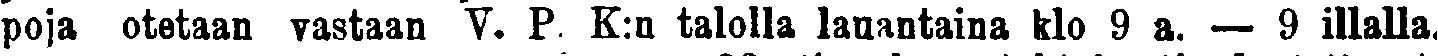
poja otetaan vastaan V. P. K:n talolla lauantaina klo 9 a. — 9 illalla.